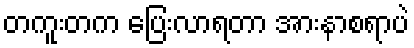
တကူးတက ပြေးလာရတာ အားနာစရာပဲ